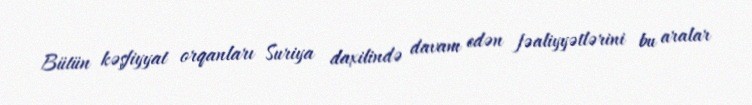
Bütün kəşfiyyat orqanları Suriya daxilində davam edən fəaliyyətlərini bu aralar